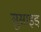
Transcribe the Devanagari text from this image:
सुसाइड्